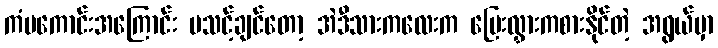
ကံမကောင်းအကြောင်း မသင့်ချင်တော့ အဲဒီသားကလေးက ပြေးလွှားကစားနိုင်တဲ့ အရွယ်မှာ